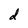
Character: d